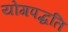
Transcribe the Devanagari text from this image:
योगपद्धति